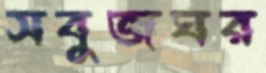
সবুজঘর